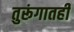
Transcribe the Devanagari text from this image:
तुरूंगातही